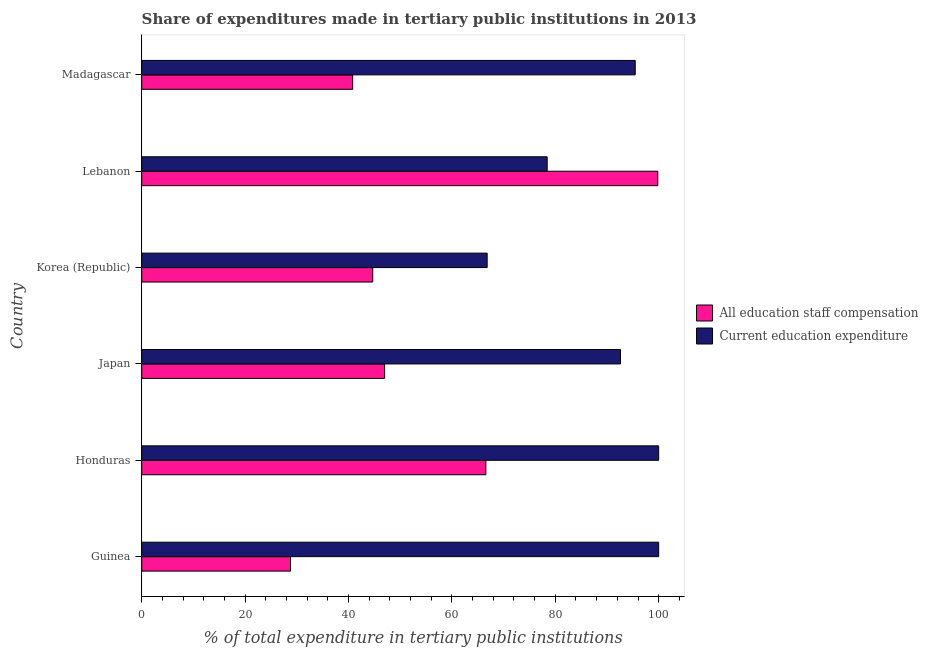
| Country | All education staff compensation | Current education expenditure |
 | --- | --- | --- |
 | Guinea | 28.8 | 100 |
 | Honduras | 66.6 | 100 |
 | Japan | 47 | 92.6 |
 | Korea (Republic) | 44.7 | 66.8 |
 | Lebanon | 99.8 | 78.4 |
 | Madagascar | 40.8 | 95.5 |